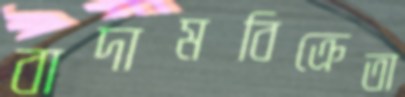
বাদামবিক্রেতা